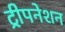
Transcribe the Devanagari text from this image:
ट्रीपनेशन